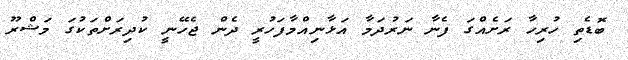
ބޮޑެތި ހުރިހާ ރަށެއްގަ ފެނާ ނަރުދަމާ އަޅާނިއްމާފަހުރީ ދެން ޖެހޭނީ ކުދިރަށްތަކުގަ މަޝްރޫ